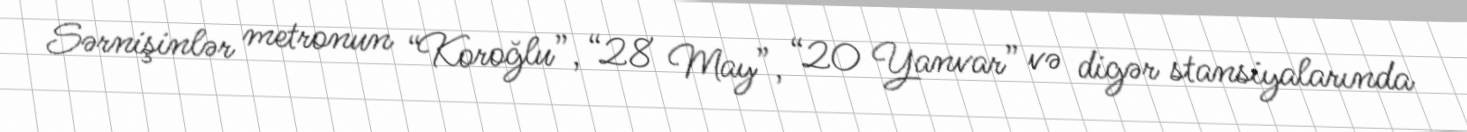
Sərnişinlər metronun “Koroğlu”, “28 May”, “20 Yanvar” və digər stansiyalarında